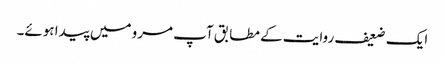
ایک ضعیف روایت کے مطابق آپ مرو میں پیدا ہوئے۔